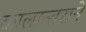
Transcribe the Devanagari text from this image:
कालान्तराने